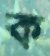
ক